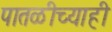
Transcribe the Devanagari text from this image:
पातळीच्याही